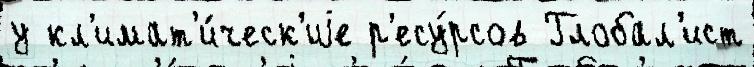
у кл'имат'и́ческ'иjе р'есу́рсов Глобал'ист